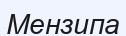
Мензипа